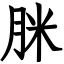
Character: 脒